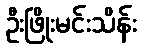
ဦးဖြိုးမင်းသိန်း